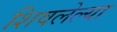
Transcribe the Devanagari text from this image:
शिवलेल्या